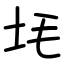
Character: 㘪